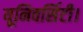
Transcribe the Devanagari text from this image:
यूनिवर्सिटी।